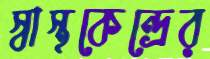
স্বাস্থকেন্দ্রের